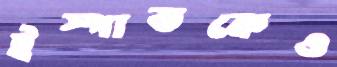
ইস্পাতকেও